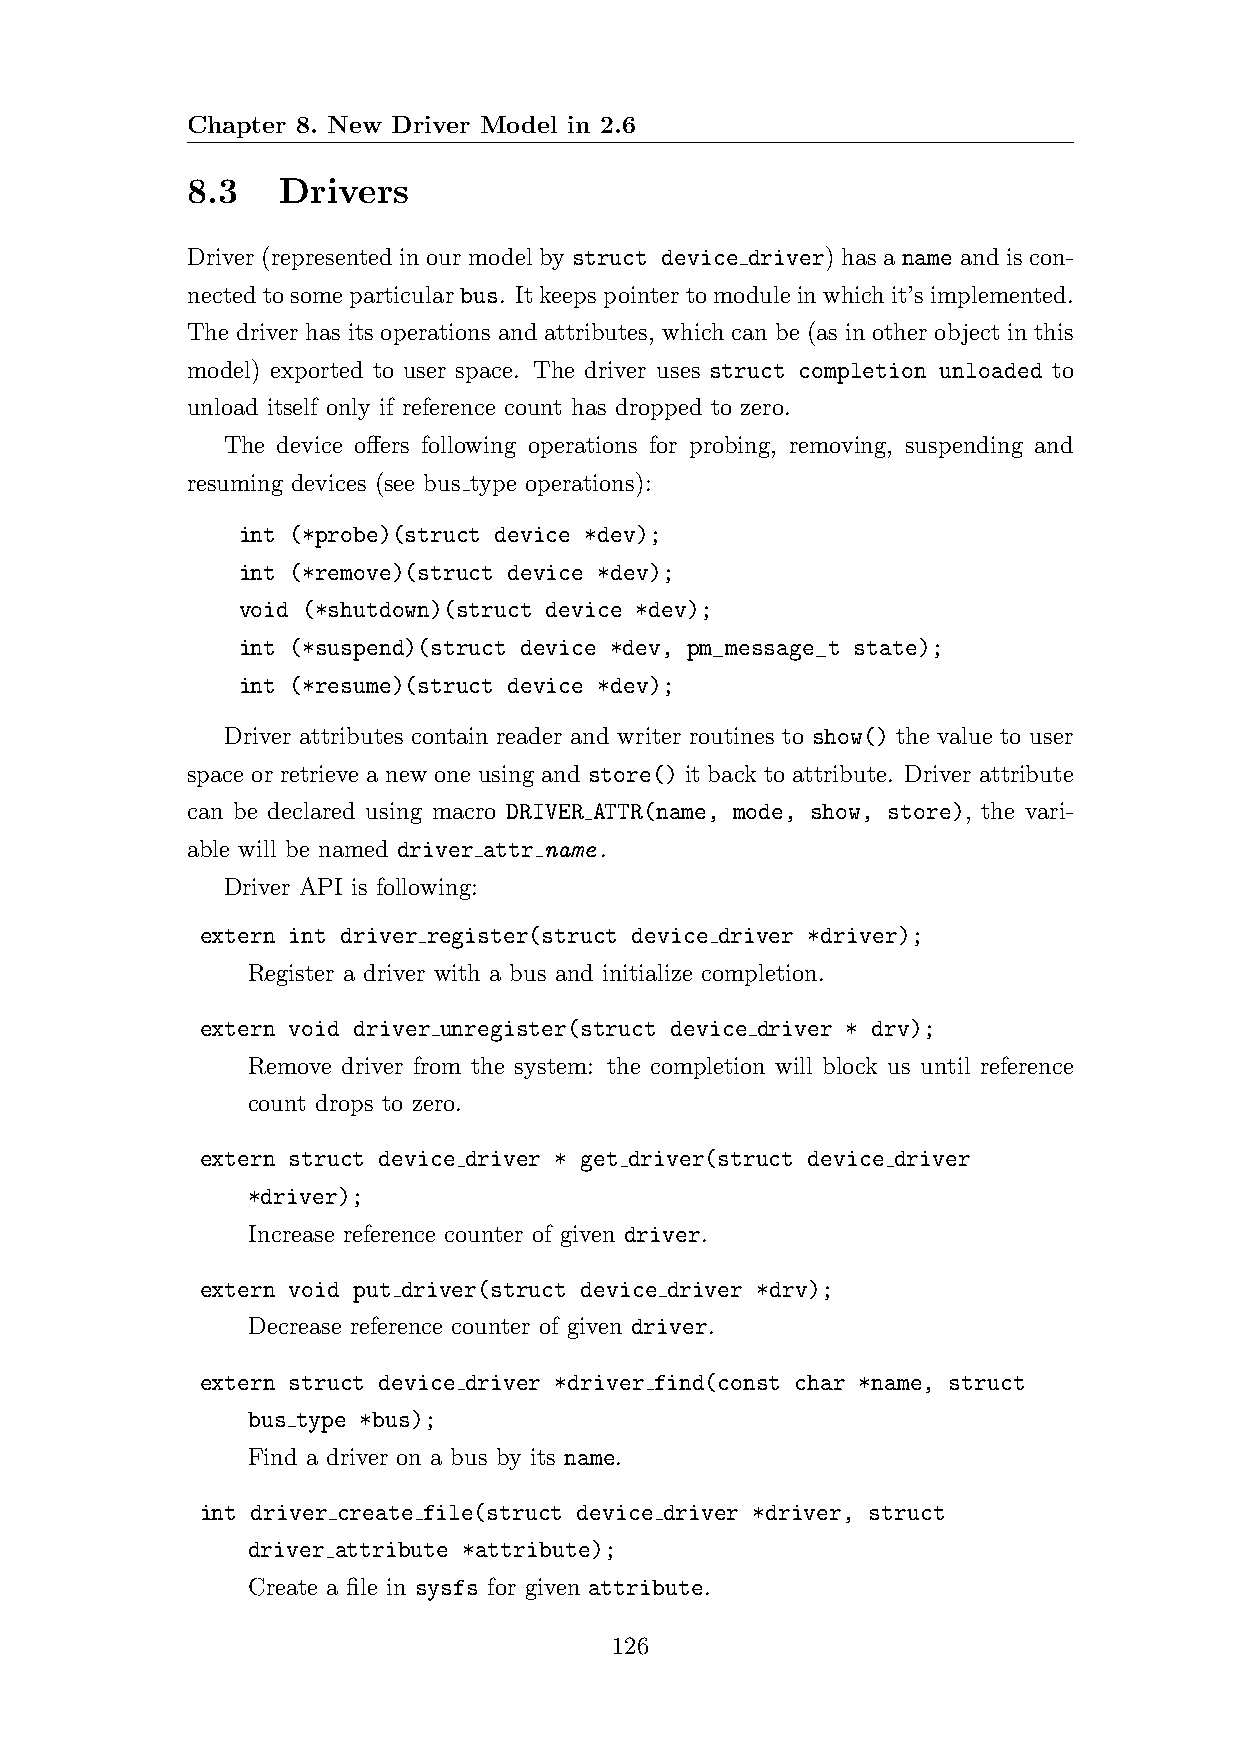
Chapter 8. New Driver Model in 2.6
 8.3   Drivers
 Driver (represented in our model by struct device driver) has a name and is con-
 nectedtosomeparticularbus. Itkeepspointertomoduleinwhichit’simplemented.
 The driver has its operations and attributes, which can be (as in other object in this
 model) exported to user space. The driver uses struct completion unloaded to
 unload itself only if reference count has dropped to zero.
 The device offers following operations for probing, removing, suspending and
 resuming devices (see bus type operations):
 int (*probe)(struct device *dev);
 int (*remove)(struct device *dev);
 void (*shutdown)(struct device *dev);
 int (*suspend)(struct device *dev, pm_message_t state);
 int (*resume)(struct device *dev);
 Driver attributes contain reader and writer routines to show() the value to user
 space or retrieve a new one using and store() it back to attribute. Driver attribute
 can be declared using macro DRIVER ATTR(name, mode, show, store), the vari-
 able will be named driver attr name.
 Driver API is following:
 extern int driver register(struct device driver *driver);
 Register a driver with a bus and initialize completion.
 extern void driver unregister(struct device driver * drv);
 Remove driver from the system: the completion will block us until reference
 count drops to zero.
 extern struct device driver * get driver(struct device driver
 *driver);
 Increase reference counter of given driver.
 extern void put driver(struct device driver *drv);
 Decrease reference counter of given driver.
 extern struct device driver *driver find(const char *name, struct
 bus type *bus);
 Find a driver on a bus by its name.
 int driver create file(struct device driver *driver, struct
 driver attribute *attribute);
 Create a file in sysfs for given attribute.
 126